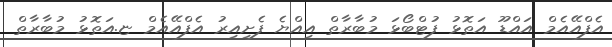
އެފްއޭއެމް އައްޑޫ އަތޮޅު ފުޓްބޯޅަ މުބާރާތް އިއްޔެ ފެށިއިރު އެފްއޭއެމް ޏ.އަތޮޅު މުބާރާތް